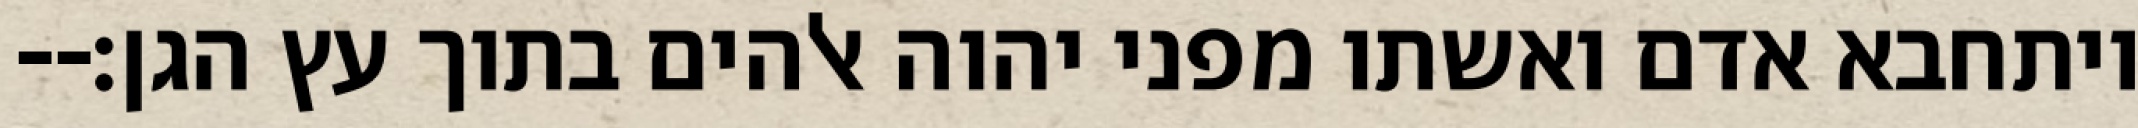
ויתחבא אדם ואשתו מפני יהוה אלהים בתוך עץ הגן׃--